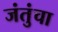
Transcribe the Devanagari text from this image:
जंतुंचा